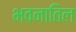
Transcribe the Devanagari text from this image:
भवनातिल